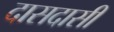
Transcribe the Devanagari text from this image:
दासदासी